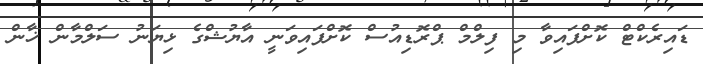
ޑައިރެކްޓް ކޮށްފައިވާ މި ފިލްމް ޕްރޮޑިއުސް ކޮށްފައިވަނީ އާޔުޝްގެ ޅިޔަނު ސަލްމާން ޚާން